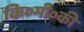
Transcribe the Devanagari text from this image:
कि०मी०की